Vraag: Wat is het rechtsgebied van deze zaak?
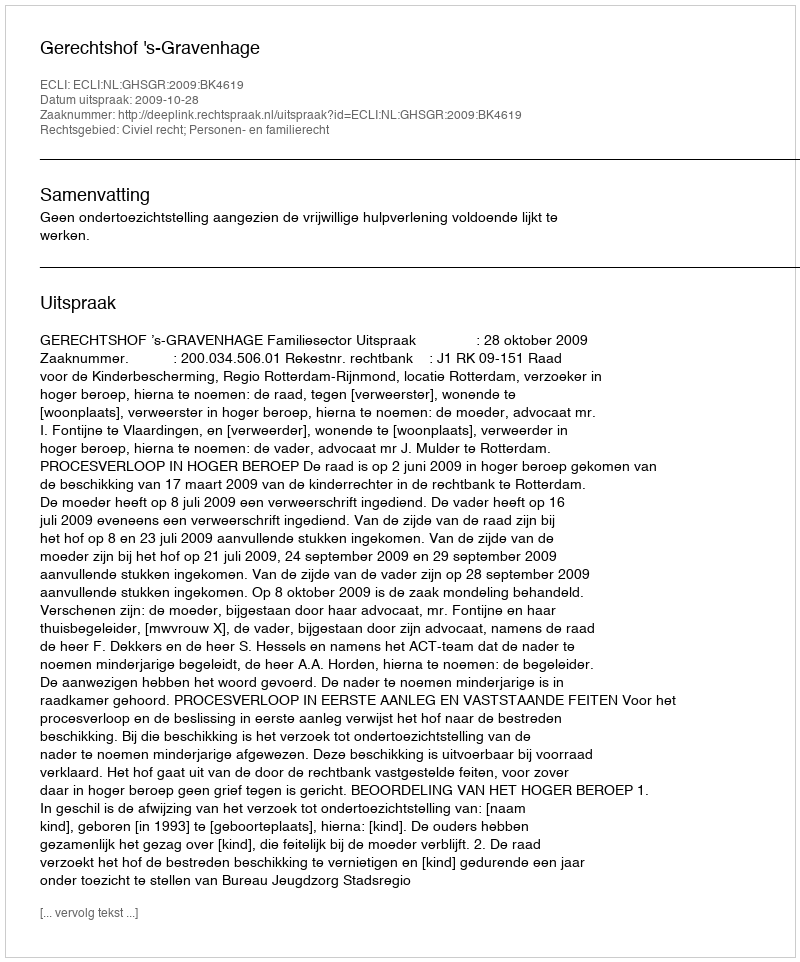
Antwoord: Civiel recht; Personen- en familierecht